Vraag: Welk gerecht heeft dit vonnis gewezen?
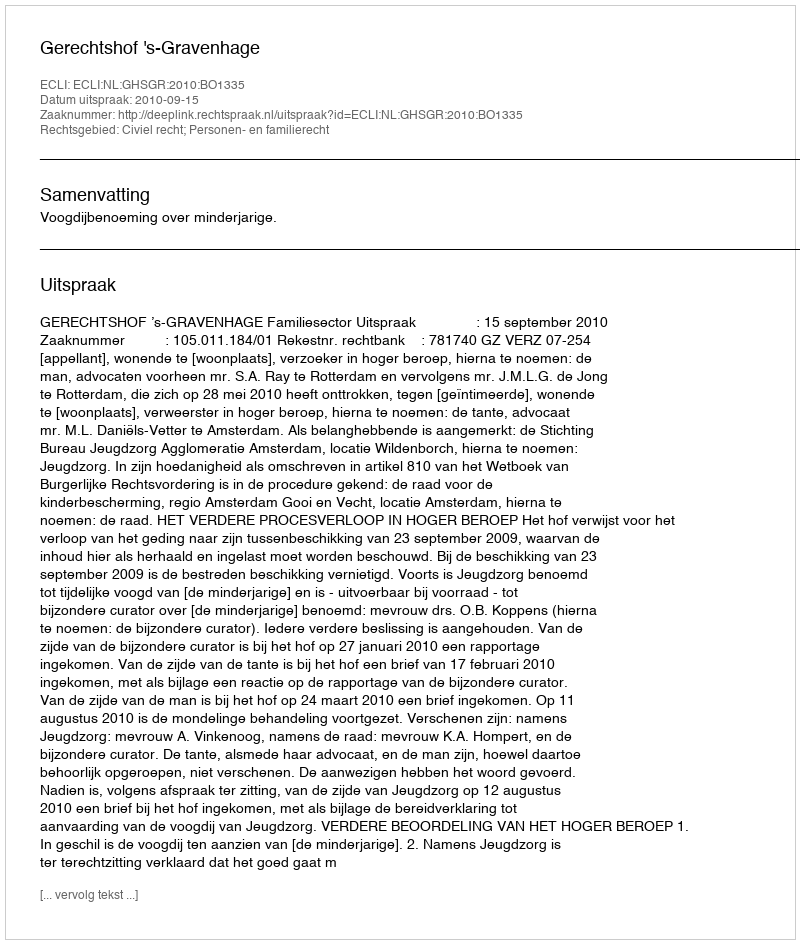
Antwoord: Gerechtshof 's-Gravenhage